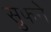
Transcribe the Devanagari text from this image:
सुफने